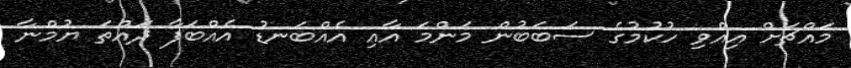
މައްޗަށް އިއްވި ހުކުމުގެ ސަބަބުން މަންމަ އާއި އެއްބަނޑު އެއްބަފާ ދައްތަ ޔުމްނާ